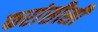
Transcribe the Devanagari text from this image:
फरांसीसी